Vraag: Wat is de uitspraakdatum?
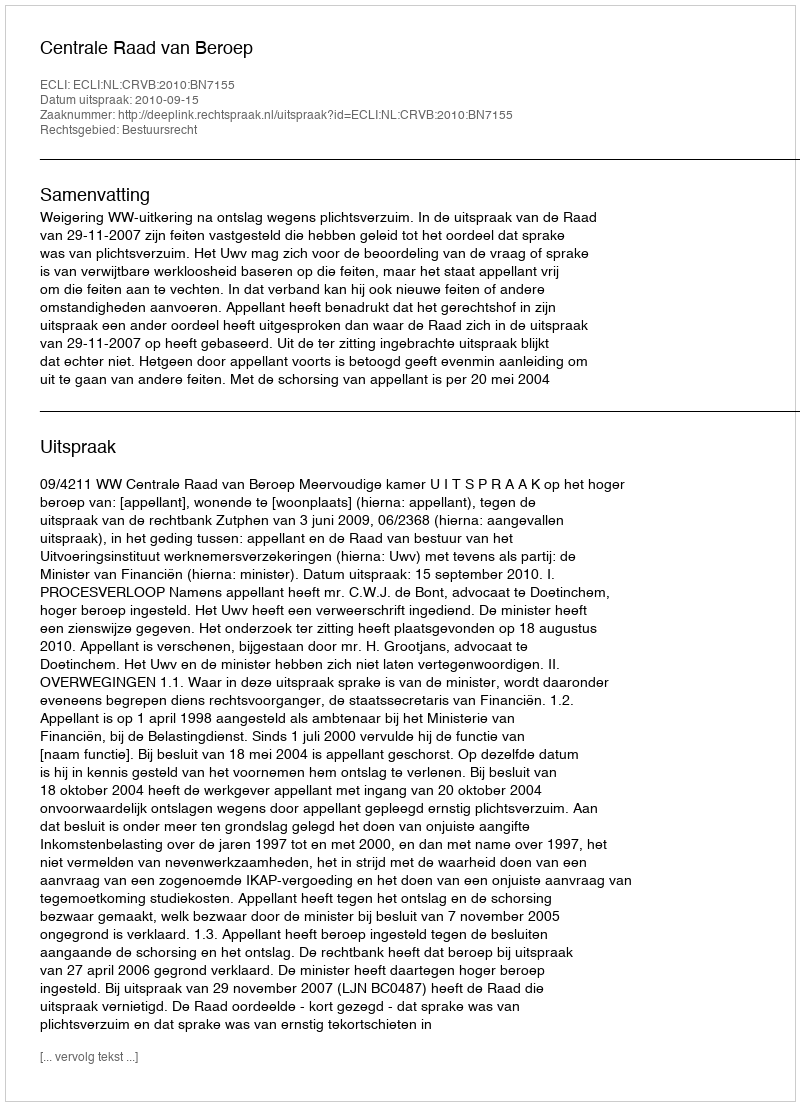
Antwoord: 2010-09-15